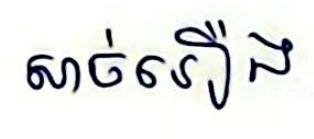
សាច់រឿង